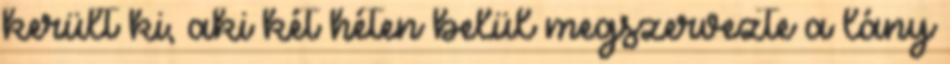
került ki, aki két héten belül megszervezte a lány